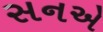
સનએ